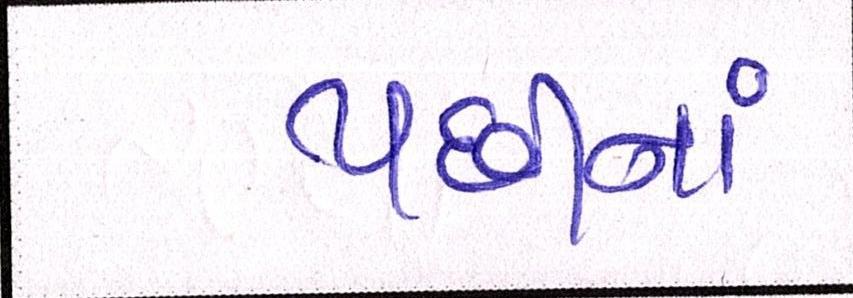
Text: પછીનાં